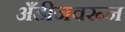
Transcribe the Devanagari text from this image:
अँडीजवरून